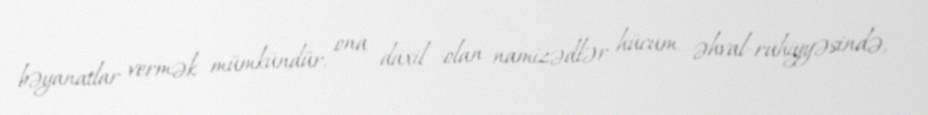
bəyanatlar vermək mümkündür, ona daxil olan namizədlər hücum əhval-ruhiyyəsində,